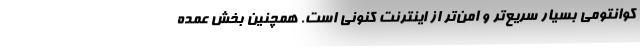
کوانتومی بسیار سریع‌تر و امن‌تر از اینترنت کنونی است. همچنین بخش عمده